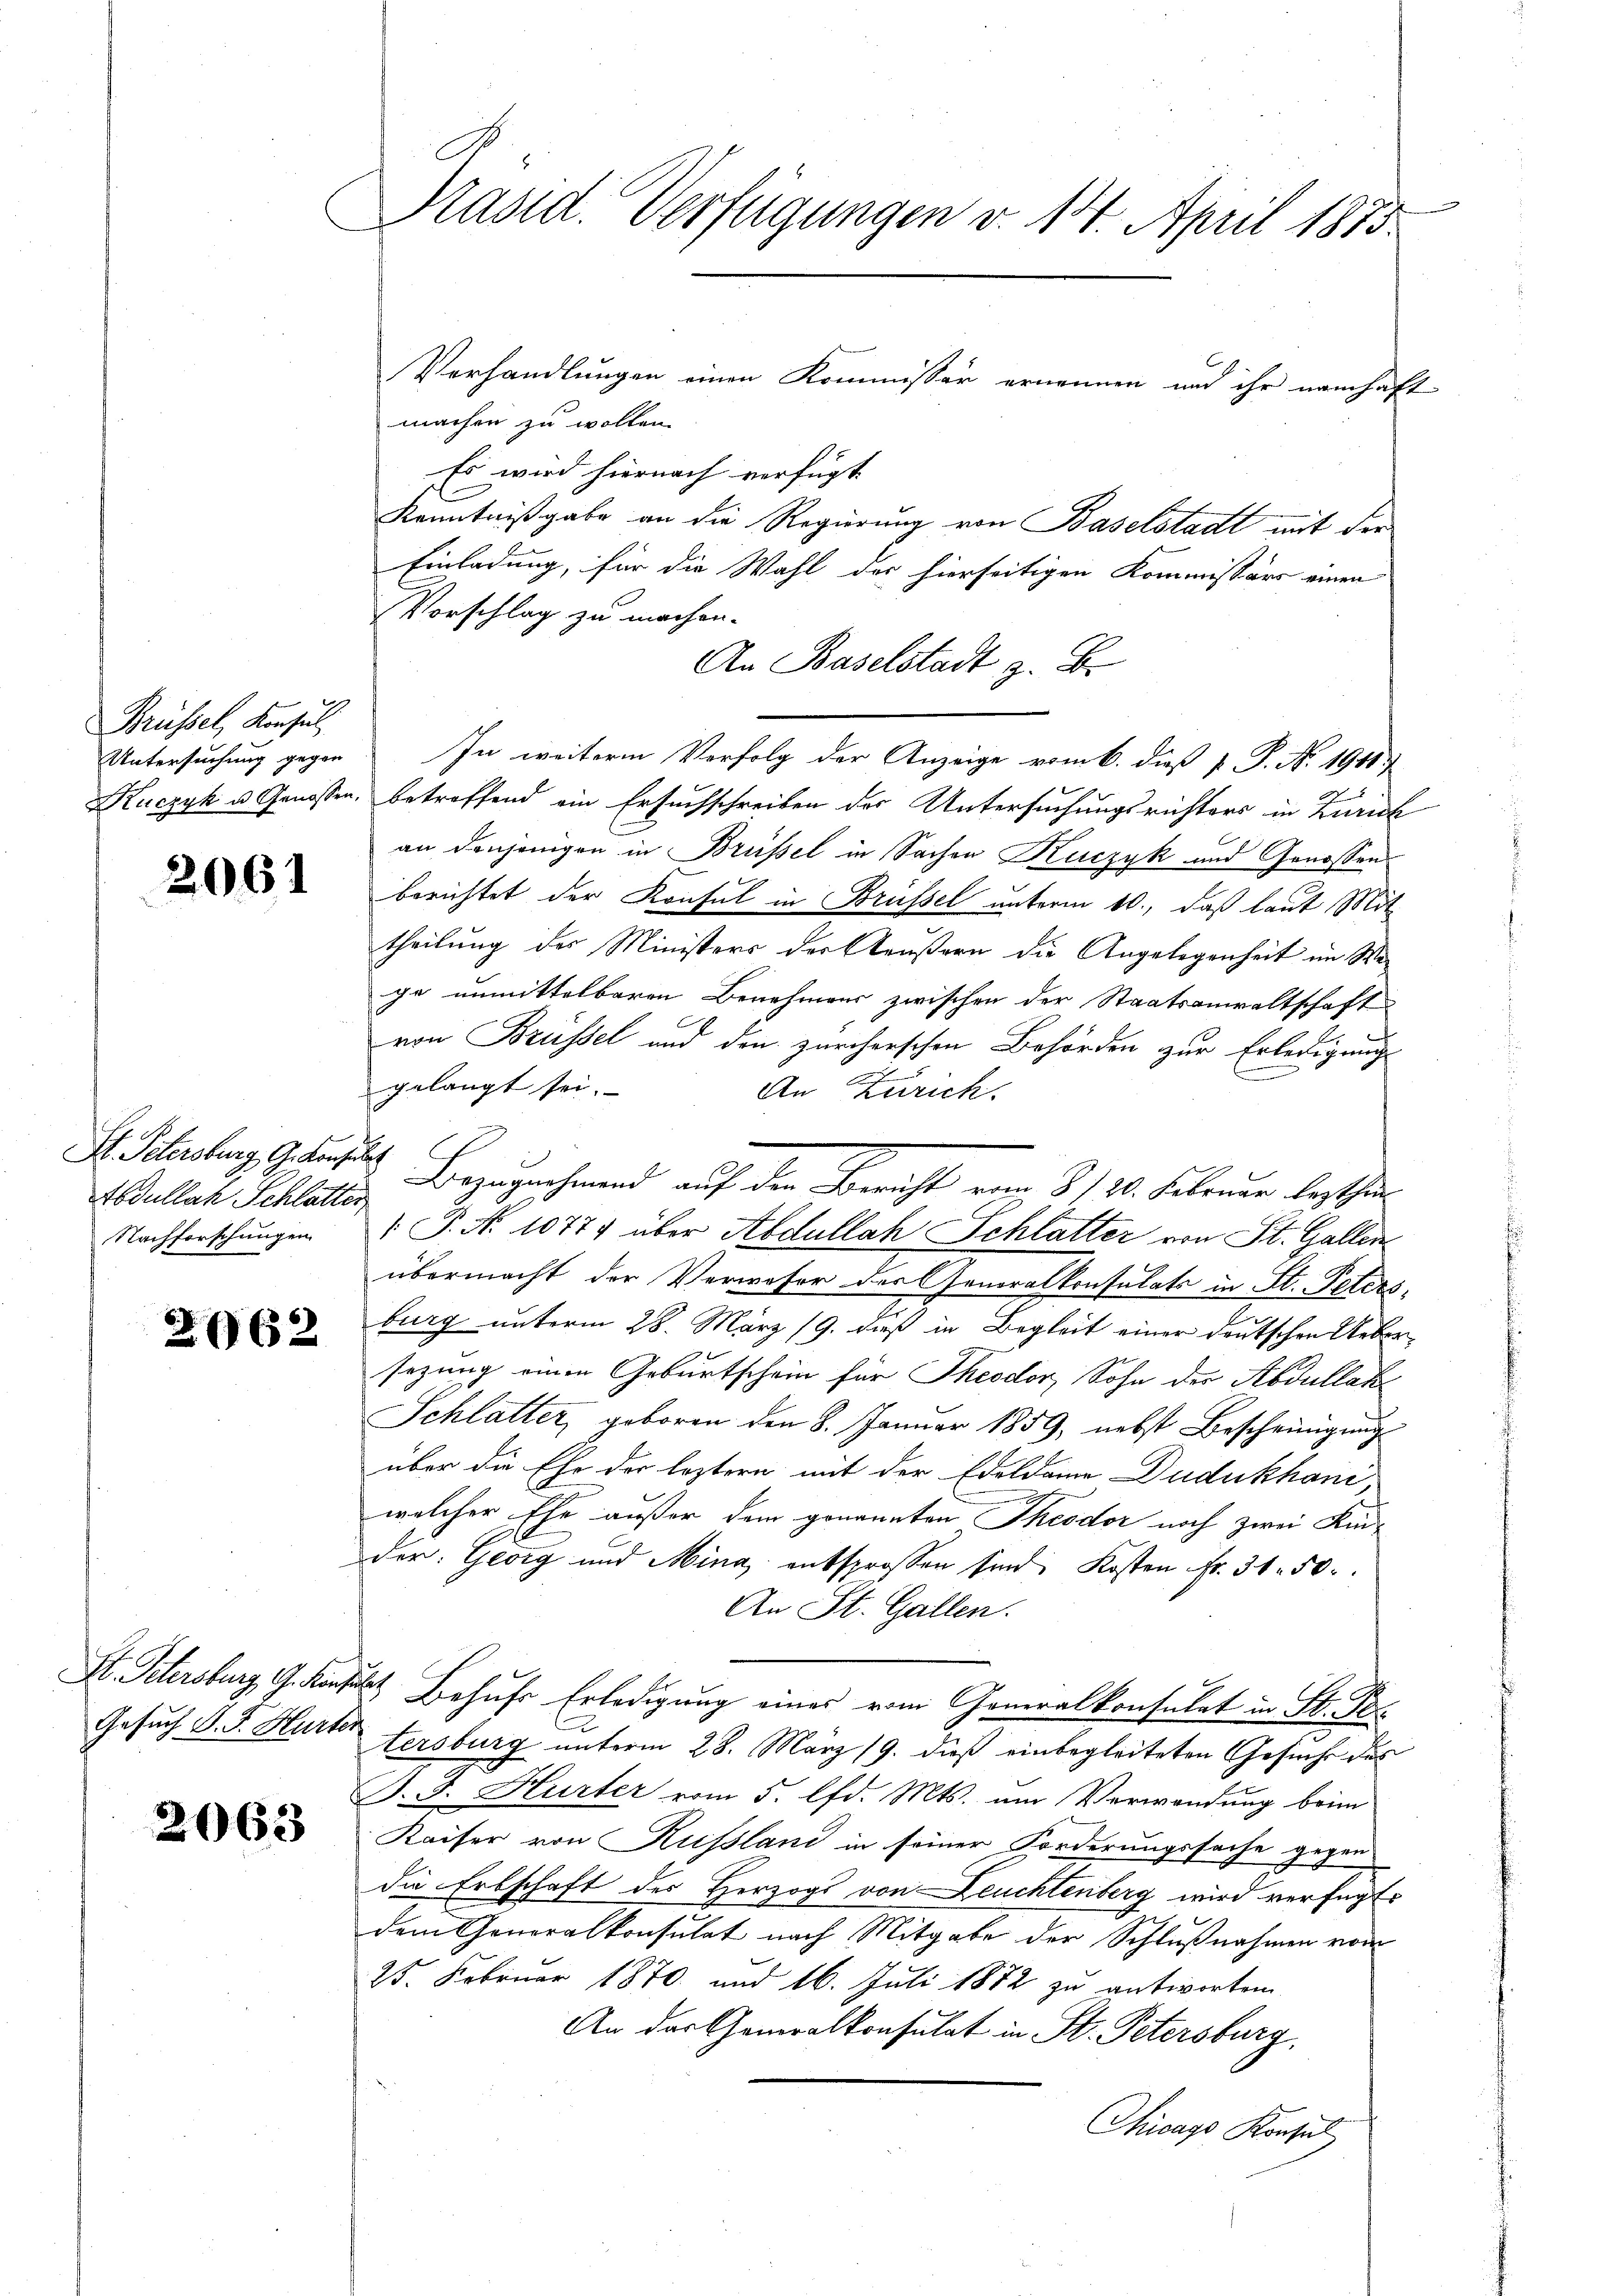
Brüssel, Konsul
Untersuchung gegen

2061

St. Petersburg, G. Konse
Adullat Schlatter
Nachforschungen

2062

Gesuch P. F. Hurter

2063

e
Präsid. Verfügungen v. 14. April 1873.

Verhandlungen einen Kommissär ernennen und ihr namhaft
machen zu wollen.
Es wird hiernach verfügt
Kenntnißgabe an die Regierung von Baselstadt mit der
Einladung, für die Wahl der hierseitigen Kommissärs einen
Vorschlag zu machen.
An Baselstadt z. B.
In weitere Verfolg der Anzeige vom 6. dieß P. P. N. 1948)
x
Kuczyk u. Genossen, betreffend ein Ersuchschreiben des Untersuchungsrichters in Zürich
an denjenigen in Brüssel in Sachen Kuczyk und Genossen
berichtet der Konsul in Brüssel unterm 10., daß laut Mit
theilung der Ministers der Aeußern die Angelegenheit im Wege unmittelbaren Benehmens zwischen der Staatsanwaltschaft
von Brüssel und den zürcherschen Behörden zur Erledigung
.
gelangt sei.
An Zürich.
Bezugnahmend auf der Bericht vom 8./20. Februar bestehen¬
 P. Nr. 10779 über Abdullak Schlatter von St. Gallen
übermacht der Verweser der Generalkonsulats in St. Peters,
burg unterm 28. März 19. dieß in Begleit einer deutschen Uebersezung einen Geburtschein für Theodor Sohn der Abdullat
Schlatter, geboren den 8. Januar 1859, nebst Bescheinigung
über die Ehe der leztern mit der Edeldame Dudukhani,
welcher Ehe außer dem genannten Theodor noch zwei Kin-
der: Georg und Mina entsprossen sind, Kosten Fr. 31. 50.
An St. Gallen.
St. Petersburg, G. Konfekt, Behufe Erledigung eines vom Generalkonsulat in St. Pe
tersburg unterm 28. März 19. dieß einbegleiteten Gesuche des
J. J. Hurter vom 5. lfd. Mts. um Verwendung beim
Kaiser von Russland in seiner Forderungssache gegen
die Erbschaft des Herzogs von Deuchtenberg wird verfügt:
dem Generalkonsulat nach Mitgabe der Schlußnahmen vom
25. Februar 1870 und 16. Juli 1872 zu antworten
An das Generalkonsulat in St. Petersburg
Chicago Konsul